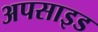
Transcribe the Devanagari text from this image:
अपसाइड